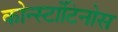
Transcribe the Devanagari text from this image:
कोन्स्टांटिनोस